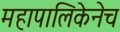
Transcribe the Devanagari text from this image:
महापालिकेनेच